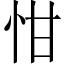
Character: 㤌